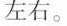
左右。